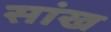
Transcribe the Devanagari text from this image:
सांख